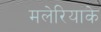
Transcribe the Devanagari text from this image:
मलेरियाके